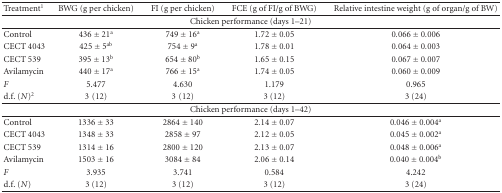
<table><thead><tr><td><b>Treatment<sup>1</sup></b></td><td><b>BWG (g per chicken)</b></td><td><b>FI (g per chicken)</b></td><td><b>FCE (g of FI/g of BWG)</b></td><td><b>Relative intestine weight (g of organ/g of BW)</b></td></tr></thead><tbody><tr><td colspan="5">Chicken performance (days 1–21)</td></tr><tr><td>Control</td><td>436 ± 21<sup>a</sup></td><td>749 ± 16<sup>a</sup></td><td>1.72 ± 0.05</td><td>0.066 ± 0.006</td></tr><tr><td>CECT 4043</td><td>425 ± 5<sup>ab</sup></td><td>754 ± 9<sup>a</sup></td><td>1.78 ± 0.01</td><td>0.064 ± 0.003</td></tr><tr><td>CECT 539</td><td>395 ± 13<sup>b</sup></td><td>654 ± 80<sup>b</sup></td><td>1.65 ± 0.15</td><td>0.067 ± 0.007</td></tr><tr><td>Avilamycin</td><td>440 ± 17<sup>a</sup></td><td>766 ± 15<sup>a</sup></td><td>1.74 ± 0.05</td><td>0.060 ± 0.009</td></tr><tr><td><i>F</i></td><td>5.477</td><td>4.630</td><td>1.179</td><td>0.965</td></tr><tr><td>d.f. (<i>N</i>)<sup>2</sup></td><td>3(12)</td><td>3(12)</td><td>3 (12)</td><td>3 (24)</td></tr><tr><td colspan="5">Chicken performance (days 1–42)</td></tr><tr><td>Control</td><td>1336 ± 33</td><td>2864 ± 140</td><td>2.14 ± 0.07</td><td>0.046 ± 0.004<sup>a</sup></td></tr><tr><td>CECT 4043</td><td>1348 ± 33</td><td>2858 ± 97</td><td>2.12 ± 0.05</td><td>0.045 ± 0.002<sup>a</sup></td></tr><tr><td>CECT 539</td><td>1314 ± 16</td><td>2800 ± 120</td><td>2.13 ± 0.07</td><td>0.048 ± 0.006<sup>a</sup></td></tr><tr><td>Avilamycin</td><td>1503 ± 16</td><td>3084 ± 84</td><td>2.06 ± 0.14</td><td>0.040 ± 0.004<sup>b</sup></td></tr><tr><td><i>F</i></td><td>3.935</td><td>3.741</td><td>0.584</td><td>4.242</td></tr><tr><td>d.f. (<i>N</i>)</td><td>3 (12)</td><td>3 (12)</td><td>3 (12)</td><td>3 (24)</td></tr></tbody></table>